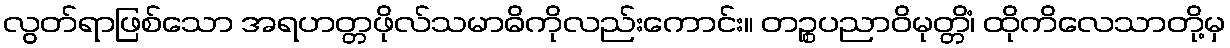
လွတ်ရာဖြစ်သော အရဟတ္တဖိုလ်သမာဓိကိုလည်းကောင်း။ တဉ္စပညာဝိမုတ္တိံ၊ ထိုကိလေသာတို့မှ